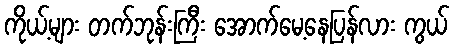
ကိုယ့်များ တက်ဘုန်းကြီး အောက်မေ့နေပြန်လား ကွယ်